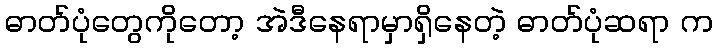
ဓာတ်ပုံတွေကိုတော့ အဲဒီနေရာမှာရှိနေတဲ့ ဓာတ်ပုံဆရာ က